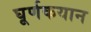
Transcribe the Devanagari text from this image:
घूर्णकयान